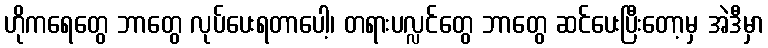
ဟိုကရေတွေ ဘာတွေ လုပ်ပေးရတာပေါ့၊ တရားပလ္လင်တွေ ဘာတွေ ဆင်ပေးပြီးတော့မှ အဲဒီမှာ